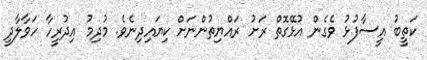
ކަތީބު އީސާފުޅު ވެގެން އުޅޭގޮތް ރަށު ރައްޔިތުންނަށް ކިޔައިދިނެވެ. މުދިމު އިދުރީހާ ހަވާލާދީ